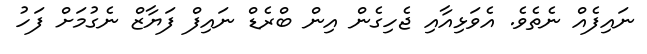
ނައިފެއް ނެތެވެ. އެވަޅިއާއި ޖެހިގެން އިން ބްރެޑް ނައިފް ފަޔާޒް ނެގުމަށް ފަހު